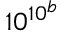
1 0 ^ { 1 0 ^ { b } }